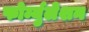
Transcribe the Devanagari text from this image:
फोर्म्युलेशन